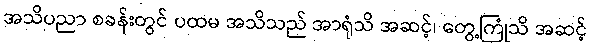
အသိပညာ စခန်းတွင် ပထမ အသိသည် အာရုံသိ အဆင့်၊ တွေ့ကြုံသိ အဆင့်